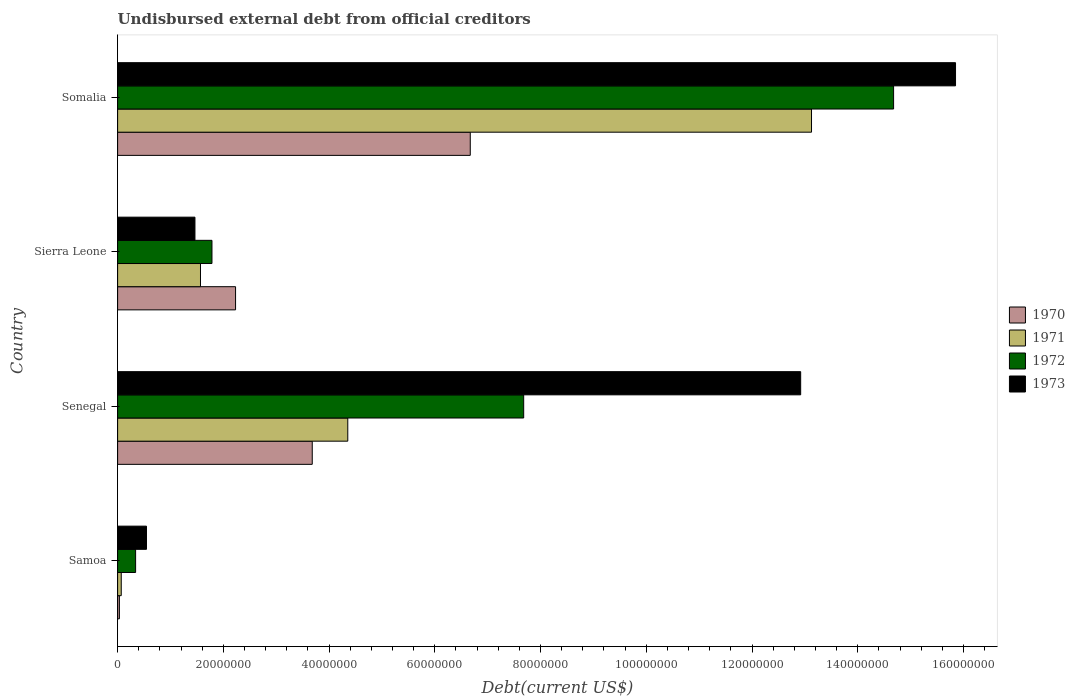
| Country | 1970 | 1971 | 1972 | 1973 |
 | --- | --- | --- | --- | --- |
 | Samoa | 3.36e+05 | 6.88e+05 | 3.40e+06 | 5.46e+06 |
 | Senegal | 3.68e+07 | 4.35e+07 | 7.68e+07 | 1.29e+08 |
 | Sierra Leone | 2.23e+07 | 1.57e+07 | 1.78e+07 | 1.46e+07 |
 | Somalia | 6.67e+07 | 1.31e+08 | 1.47e+08 | 1.58e+08 |